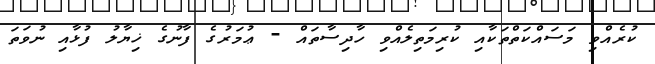
ކުރެއްވި މަސައްކަތްތަކާއި ކުރިމަތިލެއްވި ހާދިސާތައް - ޢުމަރުގެ ފާނުގެ ޚިޔާލު ފުޅާއި ނުވަތަ